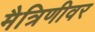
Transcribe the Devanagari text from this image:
मैत्रिणीवर